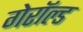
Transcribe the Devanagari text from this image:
गेरॉल्ड